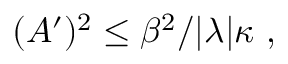
( A ^ { \prime } ) ^ { 2 } \leq \beta ^ { 2 } / | \lambda | \kappa ~ ,